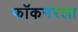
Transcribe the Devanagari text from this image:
फॉकनरला